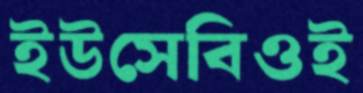
ইউসেবিওই